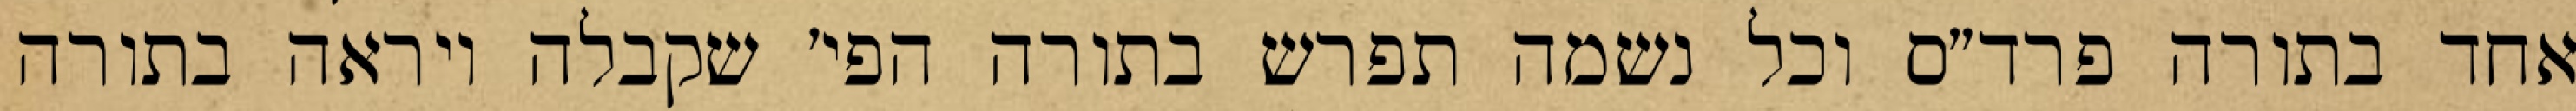
אחד בתורה פרד״ס וכל נשמה תפרש בתורה הפי׳ שקבלה ויראה בתורה